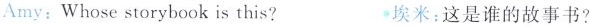
Amy:Whose storybook is this? 埃米:这是谁的故事书?